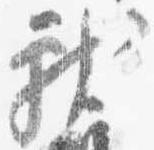
献